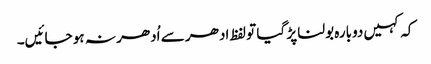
کہ کہیں دوبارہ بولنا پڑ گیا تو لفظ ادھر سے اُدھر نہ ہو جائیں۔